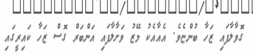
ގޮވާލާފައި ޒަހާ ބުންޏެވެ. އެއާއެކު މޭޒު ވަށާލާފައި އަންބަރް ގޮސް ޒަހާ ކައިރީގައި